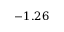
- 1 . 2 6